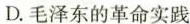
D.毛泽东的革命实践